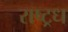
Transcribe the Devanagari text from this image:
राष्ट्रध